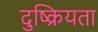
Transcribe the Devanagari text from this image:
दुष्क्रियता